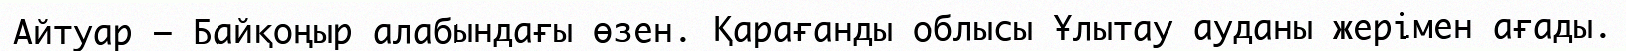
Айтуар – Байқоңыр алабындағы өзен. Қарағанды облысы Ұлытау ауданы жерімен ағады.